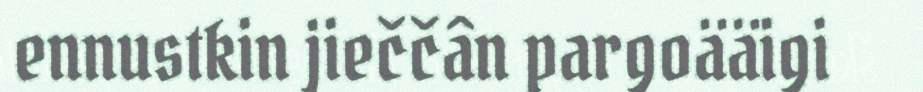
ennustkin jieččân pargoääigi